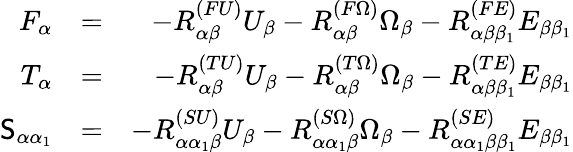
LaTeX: \begin{array}{rlr}{F_{\alpha}}&{=}&{-{R}_{\alpha\beta}^{(FU)}U_{\beta}-{R}_{\alpha\beta}^{(F\Omega)}\Omega_{\beta}-{R}_{\alpha\beta\beta_{1}}^{(FE)}E_{\beta\beta_{1}}}\\ {T_{\alpha}}&{=}&{-{R}_{\alpha\beta}^{(TU)}U_{\beta}-{R}_{\alpha\beta}^{(T\Omega)}\Omega_{\beta}-{R}_{\alpha\beta\beta_{1}}^{(TE)}E_{\beta\beta_{1}}}\\ {\mathsf{S}_{\alpha\alpha_{1}}}&{=}&{-{R}_{\alpha\alpha_{1}\beta}^{(SU)}U_{\beta}-{R}_{\alpha\alpha_{1}\beta}^{(S\Omega)}\Omega_{\beta}-{R}_{\alpha\alpha_{1}\beta\beta_{1}}^{(SE)}E_{\beta\beta_{1}}}\end{array}